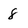
Character: 8